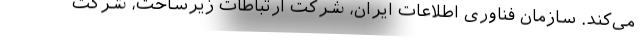
می‌کند. سازمان فناوری اطلاعات ایران، شرکت ارتباطات زیرساخت، شرکت